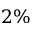
2 \%